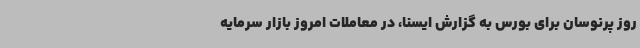
روز پرنوسان برای بورس به گزارش ایسنا، در معاملات امروز بازار سرمایه